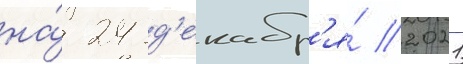
на́ 24 д'екабр'я́ 2021